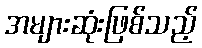
အများဆုံးဖြစ်သည့်